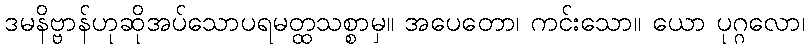
ဒမနိဗ္ဗာန်ဟုဆိုအပ်သောပရမတ္ထသစ္စာမှ။ အပေတော၊ ကင်းသော။ ယော ပုဂ္ဂလော၊